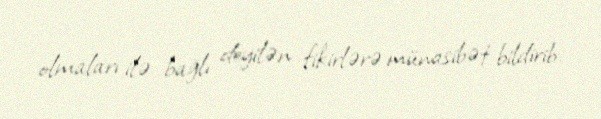
olmaları ilə bağlı deyilən fikirlərə münasibət bildirib.